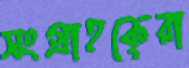
সংগ্রাহকেরা